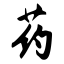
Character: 药